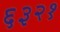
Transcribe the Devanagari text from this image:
६३२१